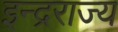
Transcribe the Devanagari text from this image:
इन्द्रराज्य